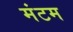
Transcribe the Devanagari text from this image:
मंटम